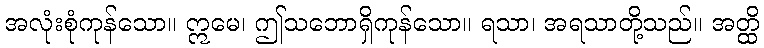
အလုံးစုံကုန်သော။ ဣမေ၊ ဤသဘောရှိကုန်သော။ ရသာ၊ အရသာတို့သည်။ အတ္ထိ